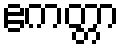
ဧကတ္တာ